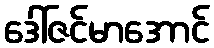
ဒေါ်ဇင်မာအောင်